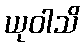
ယုဝါသိ